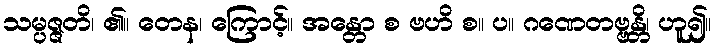
သမ္ပဇ္ဇတိ၊ ၏။ တေန၊ ကြောင့်။ အန္တော စ ဗဟိ စ။ ပ။ ဂဏေတဗ္ဗန္တိ၊ ဟူ၍။